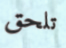
تلحق